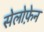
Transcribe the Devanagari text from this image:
सेलोफ़ेन